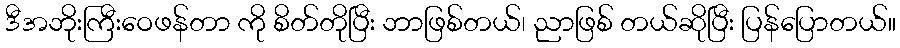
ဒီအဘိုးကြီးဝေဖန်တာ ကို စိတ်တိုပြီး ဘာဖြစ်တယ်၊ ညာဖြစ် တယ်ဆိုပြီး ပြန်ပြောတယ်။